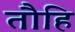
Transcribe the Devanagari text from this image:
तौहि